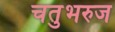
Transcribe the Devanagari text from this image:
चतुभरुज